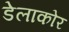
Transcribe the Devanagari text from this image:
डेलाकोर